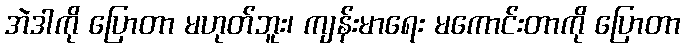
အဲဒါကို ပြောတာ မဟုတ်ဘူး၊ ကျန်းမာရေး မကောင်းတာကို ပြောတာ